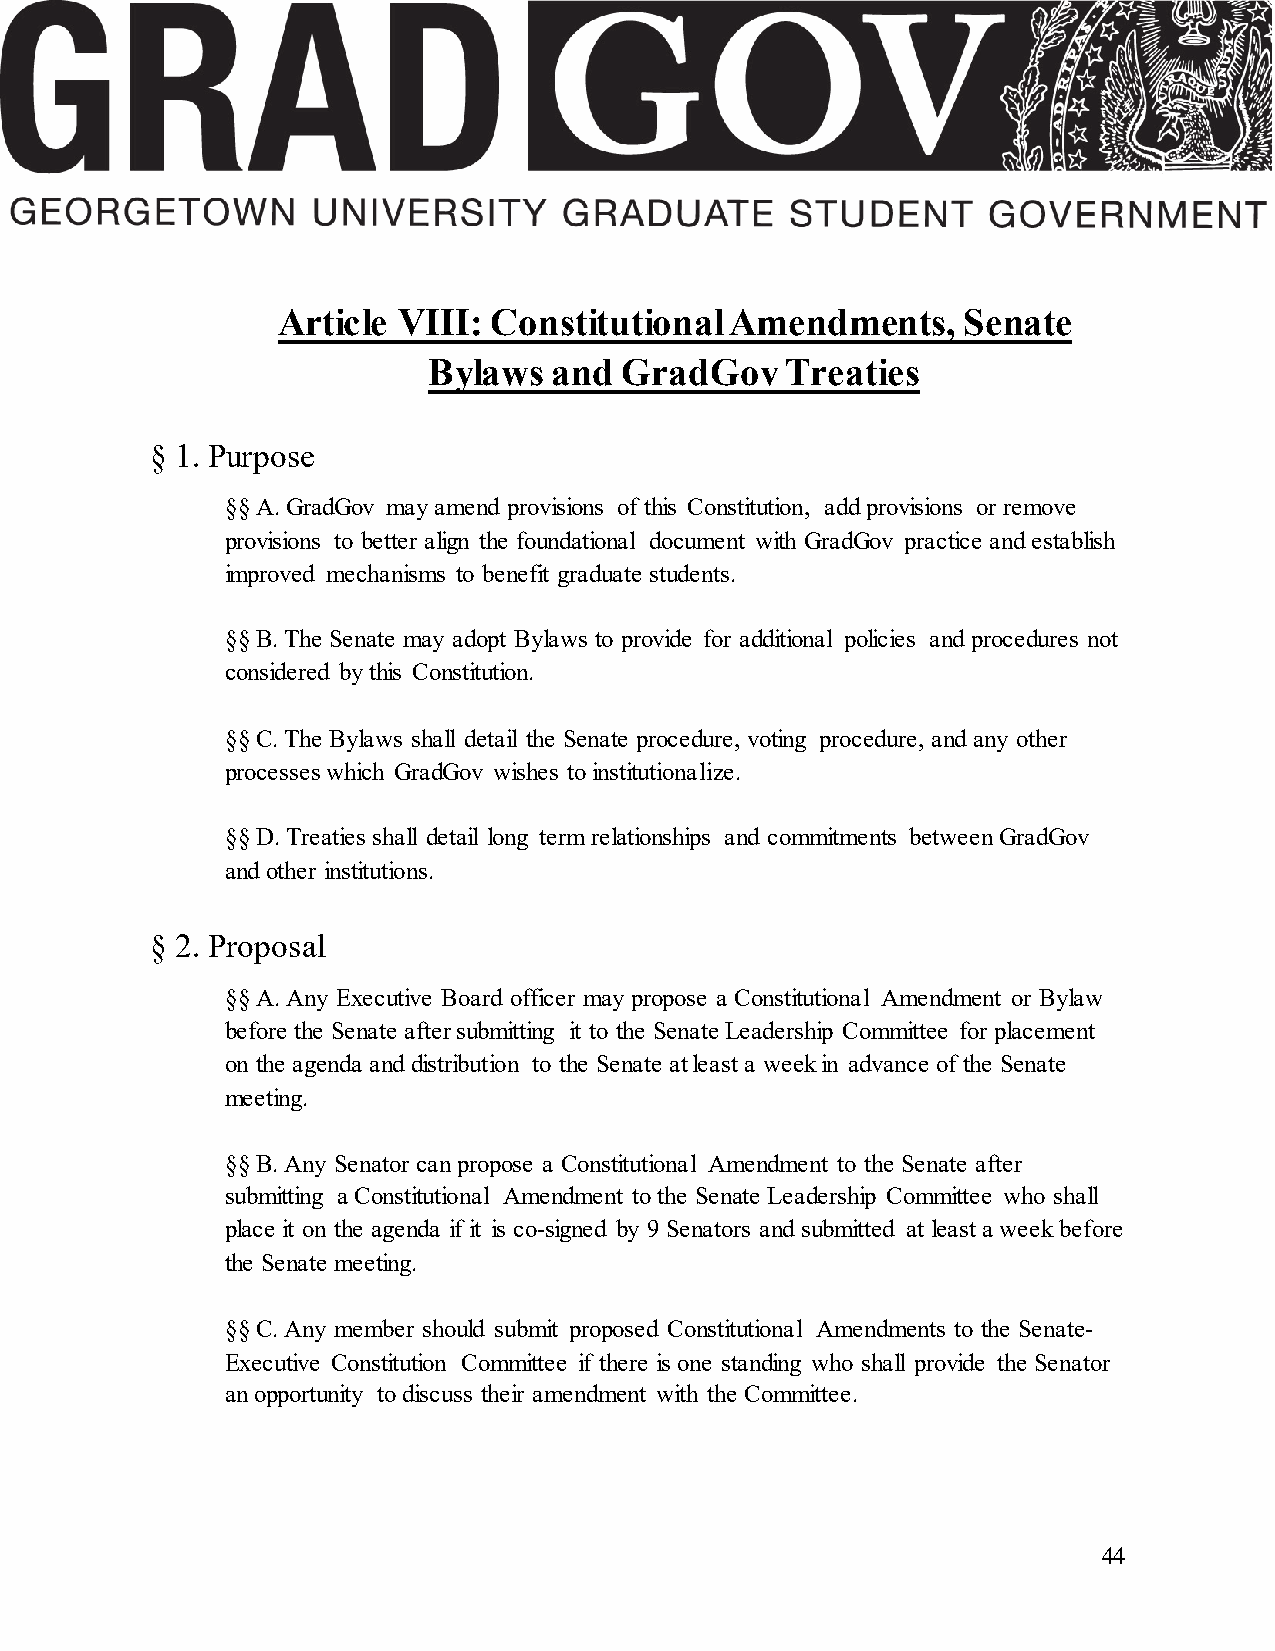
Article VIII: Constitutional  Amendments,     Senate
 Bylaws   and GradGov    Treaties
 § 1. Purpose
 §§ A. GradGov may amend provisions of this Constitution, add provisions or remove
 provisions to better align the foundational document with GradGov practice and establish
 improved mechanisms to benefit graduate students.
 §§ B. The Senate may adopt Bylaws to provide for additional policies and procedures not
 considered by this Constitution.
 §§ C. The Bylaws shall detail the Senate procedure, voting procedure, and any other
 processes which GradGov wishes to institutionalize.
 §§ D. Treaties shall detail long term relationships and commitments between GradGov
 and other institutions.
 § 2. Proposal
 §§ A. Any Executive Board officer may propose a Constitutional Amendment or Bylaw
 before the Senate after submitting it to the Senate Leadership Committee for placement
 on the agenda and distribution to the Senate at least a week in advance of the Senate
 meeting.
 §§ B. Any Senator can propose a Constitutional Amendment to the Senate after
 submitting a Constitutional Amendment to the Senate Leadership Committee who shall
 place it on the agenda if it is co-signed by 9 Senators and submitted at least a week before
 the Senate meeting.
 §§ C. Any member should submit proposed Constitutional Amendments to the Senate-
 Executive Constitution Committee if there is one standing who shall provide the Senator
 an opportunity to discuss their amendment with the Committee.
 44